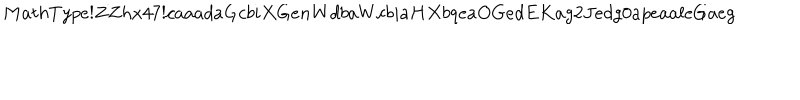
M a t h T y p e ! Z Z h x 4 7 ! c a a a d a G c b i X G e n W d b a W c b i a H X b q e a O G e d E K a g 2 J e d g 0 a p e a a l e G a e g